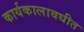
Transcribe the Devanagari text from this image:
कार्यकालावधीत